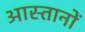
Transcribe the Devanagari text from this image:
आस्तानों